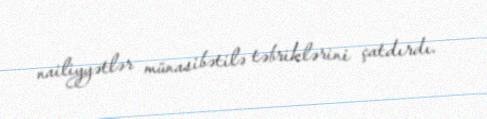
nailiyyətlər münasibətilə təbriklərini çatdırdı.